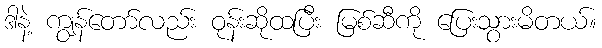
ဒါနဲ့ ကျွန်တော်လည်း ဝုန်းဆိုထပြီး မြစ်ဆီကို ပြေးသွားမိတယ်။